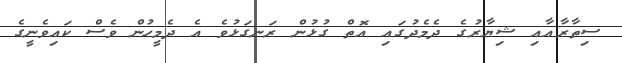
ސިތާރާއާއި ޝިޔާރުގެ ދެމެދުގައި އޮތް ގުޅުން ރަނގަޅުވެ އެ ދެމީހުން ވެސް ކައިވެނީގެ